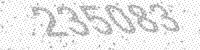
Solution: 235083